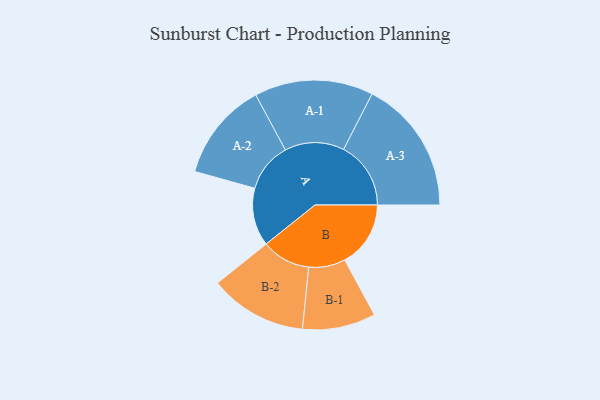
{"axis": {"x": "Segment", "y": "Value"}, "legend": ["", "A", "B"], "data": [{"x": "A", "y": 214, "type": ""}, {"x": "B", "y": 243, "type": ""}, {"x": "A-1", "y": 219, "type": "A"}, {"x": "A-2", "y": 182, "type": "A"}, {"x": "A-3", "y": 248, "type": "A"}, {"x": "B-1", "y": 135, "type": "B"}, {"x": "B-2", "y": 180, "type": "B"}]}